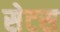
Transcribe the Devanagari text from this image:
सेटस